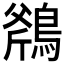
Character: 𪂥